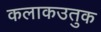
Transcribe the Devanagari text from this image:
कलाकउतुक